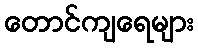
တောင်ကျရေများ